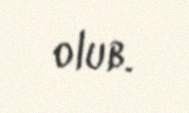
olub.